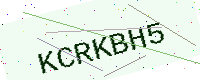
Text: KCRKBH5